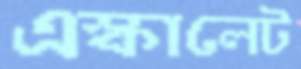
এস্কালেট